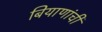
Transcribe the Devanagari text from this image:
बियाणांची